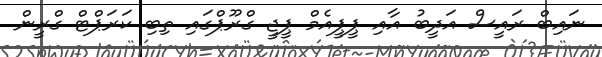
ނައިބް ރައީސް އަދީބު އާއި ޕީޕީއެމް ޕީޖީ ގްރޫޕްގައި ތިބި ކަރަޕްޓް ގްރީން